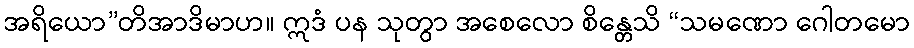
အရိယော”တိအာဒိမာဟ။ ဣဒံ ပန သုတွာ အစေလော စိန္တေသိ “သမဏော ဂေါတမော